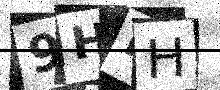
Text: 9HIH